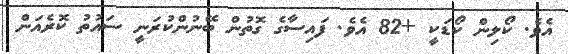
އެވެ. ކޯލިން ކޯޑަކީ +82 އެވެ. ފައިސާގެ ގޮތުން ބޭނުންކުރަނީ ސައުތު ކޮރެއަން